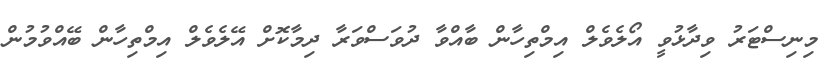
މިނިސްޓަރު ވިދާޅުވީ އޯލެވެލް އިމްތިހާން ބާއްވާ ދުވަސްވަރާ ދިމާކޮށް އޭލެވެލް އިމްތިހާން ބޭއްވުމުން